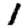
Digit: 1